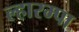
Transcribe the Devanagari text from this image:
ल्हारम्पा